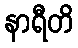
နာရီတိ